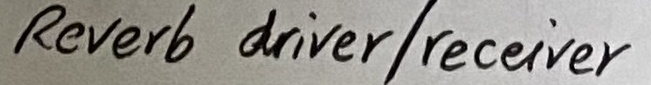
Text: Reverb driver/receiver